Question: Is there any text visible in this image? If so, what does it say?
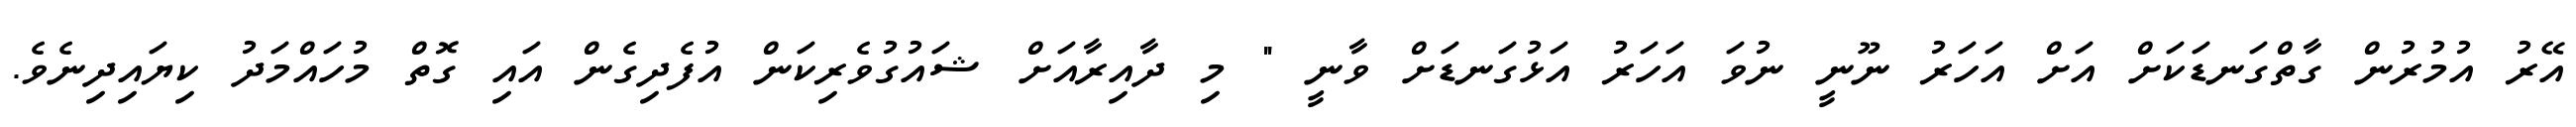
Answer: އޭރު އުމުރުން ގާތްގަނޑަކަށް އަށް އަހަރު ނޫނީ ނުވަ އަހަރު އަޅުގަނޑަށް ވާނީ " މި ދާއިރާއަށް ޝައުގުވެރިކަން އުފެދިގެން އައި ގޮތް މުހައްމަދު ކިޔައިދިނެވެ.